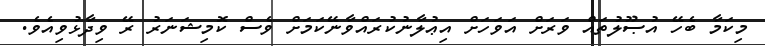
މިކަމާ ބެހޭ އުޞޫލުތައް ވަރަށް އަވަހަށް އިޢުލާނުކުރައްވާނޭކަމަށް ވެސް ކޮމިޝަނަރު ރޭ ވިދާޅުވިއެވެ.